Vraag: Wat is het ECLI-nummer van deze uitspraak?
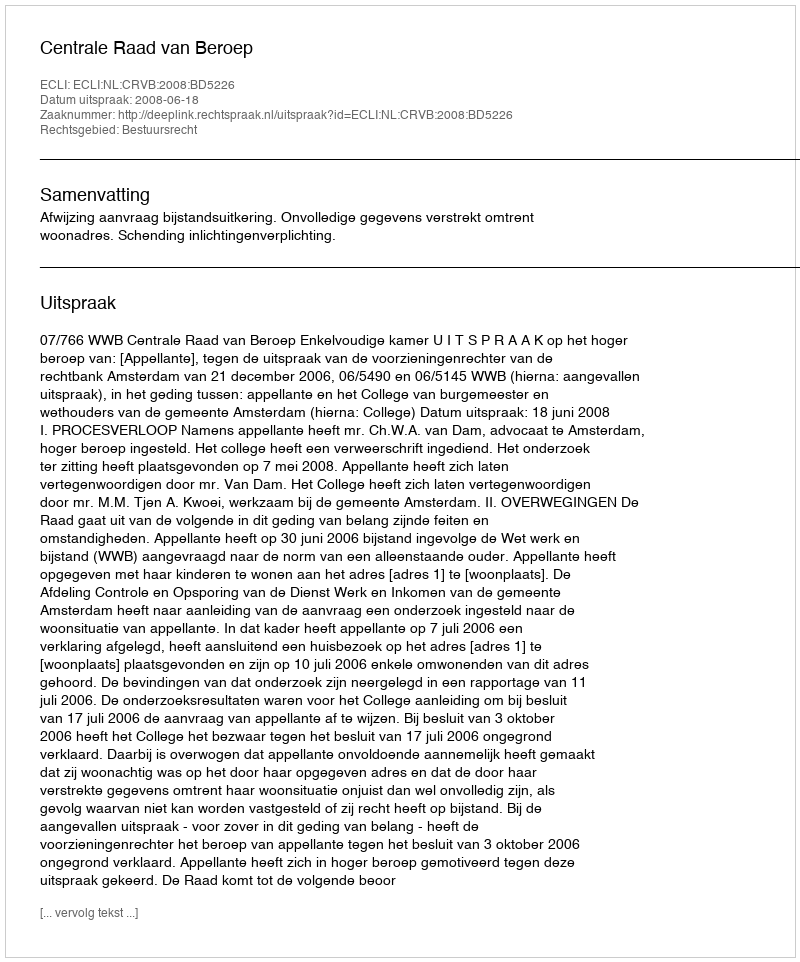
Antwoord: ECLI:NL:CRVB:2008:BD5226